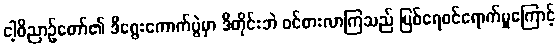
ငါ့ဝိညာဉ်တော်၏ ဒီရွေးကောက်ပွဲမှာ ဒီတိုင်းဘဲ ဝင်စားလာကြသည် မြစ်ရေဝင်ရောက်မှုကြောင့်